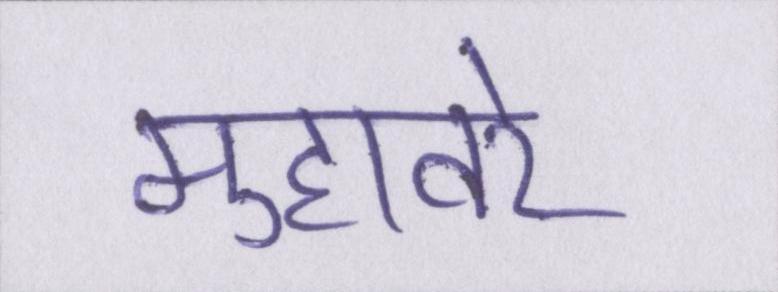
मुहावरे